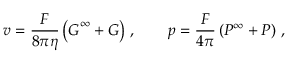
\boldsymbol { v } = \frac { F } { 8 \pi \eta } \left( \boldsymbol { G } ^ { \infty } + \boldsymbol { G } \right) \, , \qquad p = \frac { F } { 4 \pi } \left( P ^ { \infty } + P \right) \, ,